Civil Veterinary Department Bihar & Orissa reports 1922-29 - 1922-1929
Year: 1922
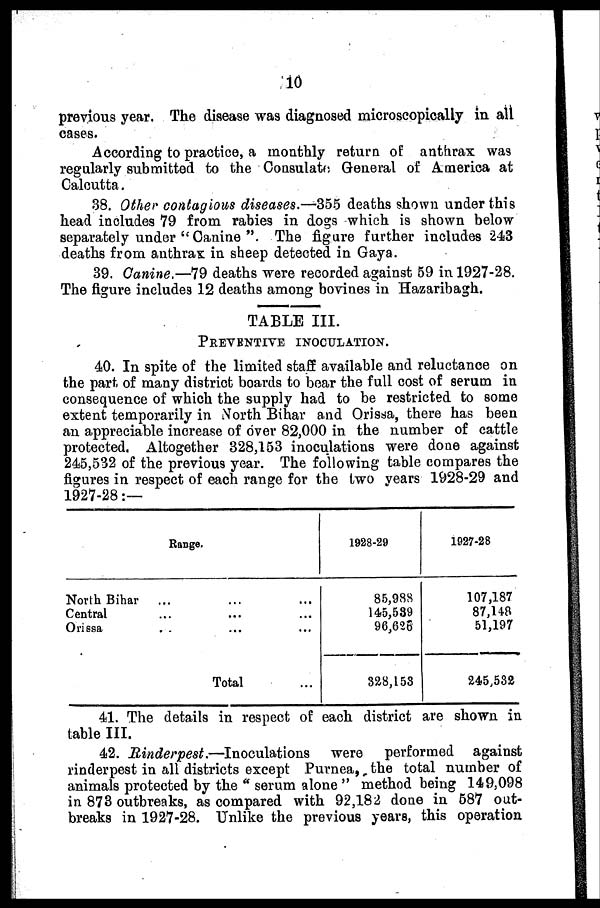
10
previous year. The disease was diagnosed microscopically in all
cases.
According to practice, a monthly return of: anthrax was
regularly submitted to the Consulats General of America at
Calcutta.
38. Other contagious diseases.—355 deaths shown under this
head includes 79 from rabies in dogs which is shown below
separately under "Canine ". The figure further includes 243
deaths from anthrax in sheep detected in Gaya.
39. Ganine.—79 deaths were recorded against 59 in 1927-28.
The figure includes 12 deaths among bovines in Hazaribagh.
TABLE III.
PREVENTIVE INOCULATION.
40. In spite of the limited staff available and reluctance on
the part of many district boards to boar the full cost of serum in
consequence of which the supply had to be restricted to some
extent temporarily in North Bihar and Orissa, there has been
an appreciable increase of over 82,000 in the number of cattle
protected. Altogether 328,153 inoculations were done against
245,532 of the previous year. The following table compares the
figures in respect of each range for the two years 1928-29 and
1927-28:—
Range.
North Bihar
Central
Orissa
... ... ...
... ... ...
... ... ...
Total ...
1928-20
85,988
145,589
96,626
328,153
1927-28
107,187
87,148
51,197
245,532
41. The details in respect of each district are shown in
table III.
42. Rinderpest.—Inoculations
were performed against
rinderpest in all districts except Purnea, the total number of
animals protected by the "serum alone " method being 149,098
in 873 outbreaks, as compared with 92,182 done in 587 out-
breaks in 1927-28. Unlike the previous years, this operation